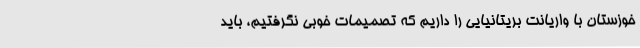
خوزستان با واریانت بریتانیایی را داریم که تصمیمات خوبی نگرفتیم، باید